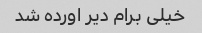
خیلی برام دیر اورده شد